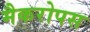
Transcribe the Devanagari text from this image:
मैकरोपस